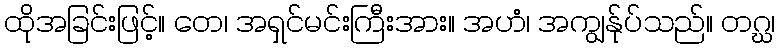
ထိုအခြင်းဖြင့်။ တေ၊ အရှင်မင်းကြီးအား။ အဟံ၊ အကျွန်ုပ်သည်။ တဂ္ဃ၊